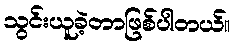
သွင်းယူခဲ့တာဖြစ်ပါတယ်။